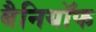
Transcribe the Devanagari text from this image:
बैनियॉफ